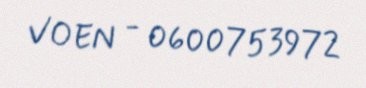
VOEN - 0600753972